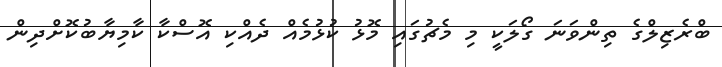
ބްރެޒިލްގެ ތިންވަނަ ގޯލަކީ މި މެޗުގައި މޮޅު ކުޅުމެއް ދެއްކި އޮސްކާ ކާމިޔާބުކޮށްދިން